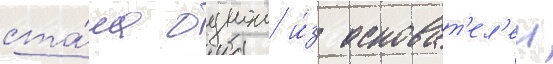
ста́ла однои и́з основат'ел'еи